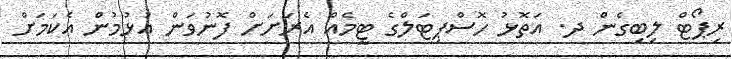
ރިޕޯޓް ލިބިގެން ދ. އަތޮޅު ހޮސްޕިޓަލްގެ ޓީމެއް އެރަށަށް ފޮނުވަން އުޅުމުން އެކަމަށް